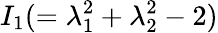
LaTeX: I_{1}(=\lambda_{1}^{2}+\lambda_{2}^{2}-2)